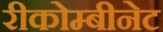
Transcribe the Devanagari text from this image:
रीकोम्बीनेट